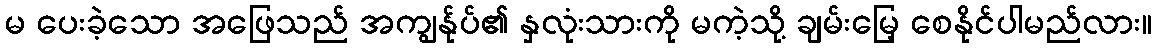
မ ပေးခဲ့သော အဖြေသည် အကျွန်ုပ်၏ နှလုံးသားကို မကဲ့သို့ ချမ်းမြေ့ စေနိုင်ပါမည်လား။